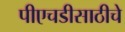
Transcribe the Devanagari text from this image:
पीएचडीसाठीचे